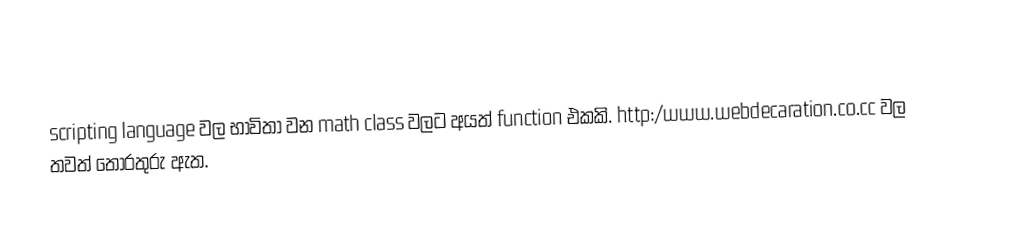
scripting language  වල භාවිතා වන math class වලට අයත් function එකකි. http:/www.webdecaration.co.cc වල තවත් තොරතුරු ඇත.